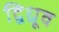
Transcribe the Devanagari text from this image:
द्विध्रूव